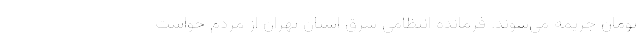
تومان جریمه می‌شوند. فرمانده انتظامی شرق استان تهران از مردم خواست